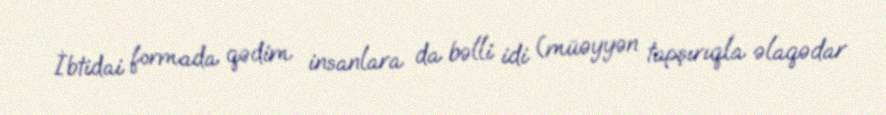
İbtidai formada qədim insanlara da bəlli idi (müəyyən tapşırıqla əlaqədar